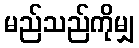
မည်သည်ကိုမျှ